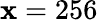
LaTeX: \mathbf{x}=256